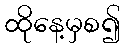
ထိုနေ့မှစ၍